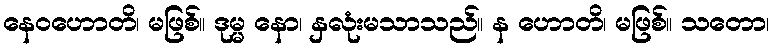
နေဝဟောတိ၊ မဖြစ်။ ဒုမ္မ နော၊ နှလုံးမသာသည်။ န ဟောတိ၊ မဖြစ်။ သတော၊